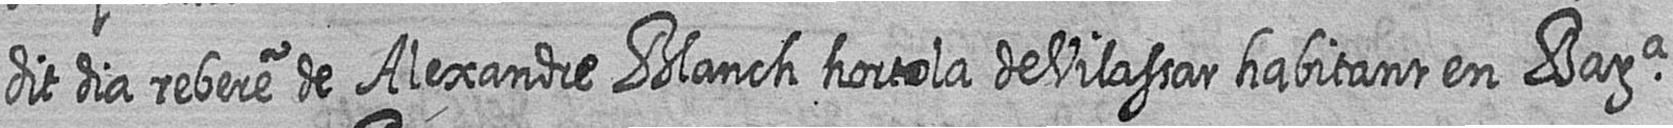
dit dia rebere de Alexandre Blanch hortola de Vilassar habitant en Bara